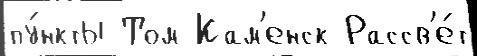
пу́нкты Том Кам'енск Рассв'е́т